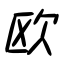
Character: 欧